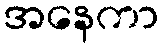
အနေကာ